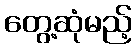
တွေ့ဆုံမည့်